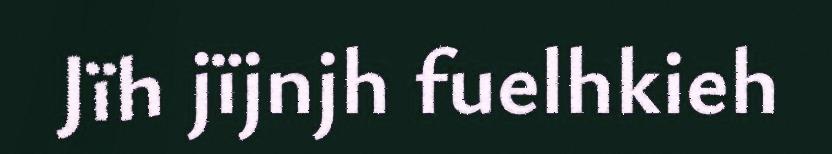
Jïh jïjnjh fuelhkieh